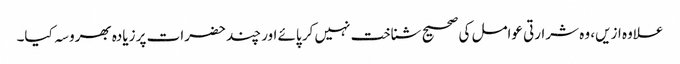
علاوہ ازیں، وہ شرارتی عوامل کی صحیح شناخت نہیں کر پائے اور چند حضرات پر زیادہ بھروسہ کیا۔